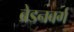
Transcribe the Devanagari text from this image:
ब्रेडनबर्ग